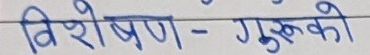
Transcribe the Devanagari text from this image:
विशेषण - गुरुकी